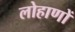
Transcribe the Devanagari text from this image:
लोहाणों